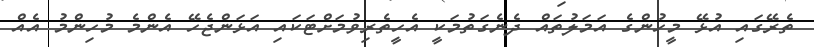
ތެރޭގައި އުޅޭ މީހުންގެ އަމަލުތައް ދެނެގަތުމަކީ އެހީތެރިވުމަށްޓަކައި އަޅަންޖެހޭ އެންމެ މުހިންމު އެއް